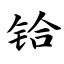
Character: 铪